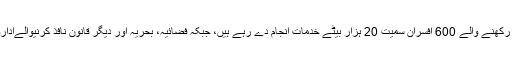
جنرل قمر جاوید باجوہ نے کہا کہ پاک فوج میں بلوچستان سے تعلق رکھنے والے 600 افسران سمیت 20 ہزار بیٹے خدمات انجام دے رہے ہیں، جبکہ فضائیہ، بحریہ اور دیگر قانون نافذ کرنیوالےاداروں میں کام کرنے والے بلوچ شامل کریں تو یہ تعداد کہیں زیادہ ہے۔